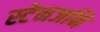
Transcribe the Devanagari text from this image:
स्टेनजनि